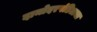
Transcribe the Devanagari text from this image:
दामोदरपंडिताचा